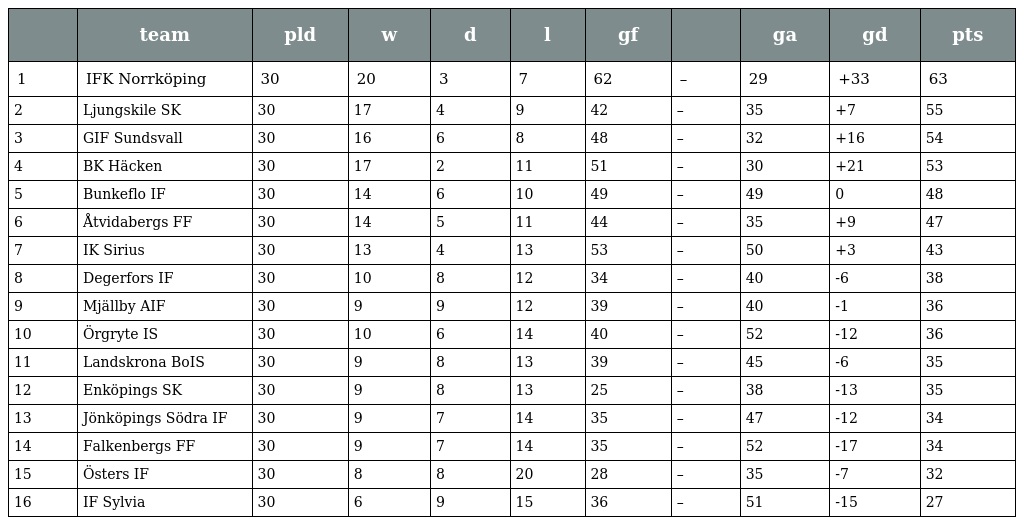
|  | team | pld | w | d | l | gf |  | ga | gd | pts |
 | --- | --- | --- | --- | --- | --- | --- | --- | --- | --- | --- |
 | 1 | IFK Norrköping | 30 | 20 | 3 | 7 | 62 | – | 29 | +33 | 63 |
 | 2 | Ljungskile SK | 30 | 17 | 4 | 9 | 42 | – | 35 | +7 | 55 |
 | 3 | GIF Sundsvall | 30 | 16 | 6 | 8 | 48 | – | 32 | +16 | 54 |
 | 4 | BK Häcken | 30 | 17 | 2 | 11 | 51 | – | 30 | +21 | 53 |
 | 5 | Bunkeflo IF | 30 | 14 | 6 | 10 | 49 | – | 49 | 0 | 48 |
 | 6 | Åtvidabergs FF | 30 | 14 | 5 | 11 | 44 | – | 35 | +9 | 47 |
 | 7 | IK Sirius | 30 | 13 | 4 | 13 | 53 | – | 50 | +3 | 43 |
 | 8 | Degerfors IF | 30 | 10 | 8 | 12 | 34 | – | 40 | -6 | 38 |
 | 9 | Mjällby AIF | 30 | 9 | 9 | 12 | 39 | – | 40 | -1 | 36 |
 | 10 | Örgryte IS | 30 | 10 | 6 | 14 | 40 | – | 52 | -12 | 36 |
 | 11 | Landskrona BoIS | 30 | 9 | 8 | 13 | 39 | – | 45 | -6 | 35 |
 | 12 | Enköpings SK | 30 | 9 | 8 | 13 | 25 | – | 38 | -13 | 35 |
 | 13 | Jönköpings Södra IF | 30 | 9 | 7 | 14 | 35 | – | 47 | -12 | 34 |
 | 14 | Falkenbergs FF | 30 | 9 | 7 | 14 | 35 | – | 52 | -17 | 34 |
 | 15 | Östers IF | 30 | 8 | 8 | 20 | 28 | – | 35 | -7 | 32 |
 | 16 | IF Sylvia | 30 | 6 | 9 | 15 | 36 | – | 51 | -15 | 27 |